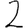
Digit: 2